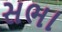
સભા